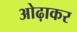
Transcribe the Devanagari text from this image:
ओढ़ाकर